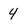
Character: 4